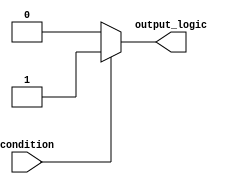
module if_else_statement (
    input wire condition,
    output reg output_logic
);

always @ (condition)
begin
    if (~condition) begin
        output_logic <= 1'b0; // execute this statement if condition is false
    end
    else begin
        output_logic <= 1'b1; // execute this statement if condition is true
    end
end

endmodule